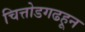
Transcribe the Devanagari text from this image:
चित्तोडगढहून